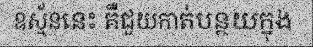
ឧស្ម័ននេះ គឺជួយកាត់បន្ថយក្នុង